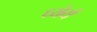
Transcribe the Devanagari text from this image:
ध्येर्य